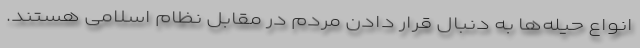
انواع حیله‌ها به دنبال قرار دادن مردم در مقابل نظام اسلامی هستند.